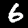
Digit: 6